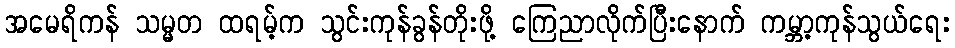
အမေရိကန် သမ္မတ ထရမ့်က သွင်းကုန်ခွန်တိုးဖို့ ကြေညာလိုက်ပြီးနောက် ကမ္ဘာ့ကုန်သွယ်ရေး